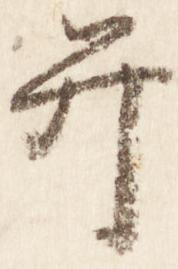
弁